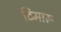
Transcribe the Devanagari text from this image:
टिमारू